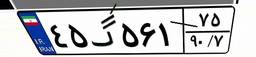
۱۶گ۸۷۴۱۵